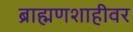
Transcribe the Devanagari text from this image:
ब्राह्मणशाहीवर